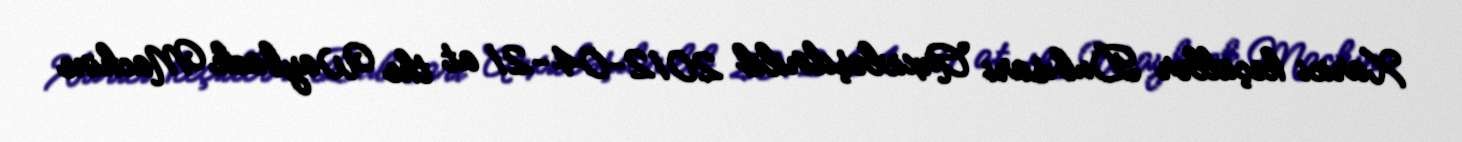
Xarici keçidlər Dubısari Arxivləşdirilib 2012-04-21 at the Wayback Machine